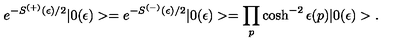
e ^ { - S ^ { ( + ) } ( \epsilon ) / 2 } | 0 ( \epsilon ) > = e ^ { - S ^ { ( - ) } ( \epsilon ) / 2 } | 0 ( \epsilon ) > = \prod _ { p } \cosh ^ { - 2 } \epsilon ( p ) | 0 ( \epsilon ) > .